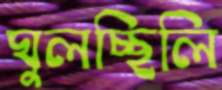
ঘুলচ্ছিলি